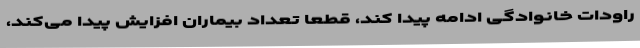
راودات خانوادگی ادامه پیدا کند، قطعا تعداد بیماران افزایش پیدا می‌کند،